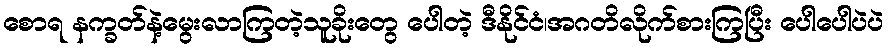
စောရ နက္ခတ်နဲ့မွေးလာကြတဲ့သူခိုးတွေ ပေါတဲ့ ဒီနိုင်ငံ၊အဂတိလိုက်စားကြပြီး ပေါပေါပဲပဲ